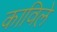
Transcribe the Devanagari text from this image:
काविले